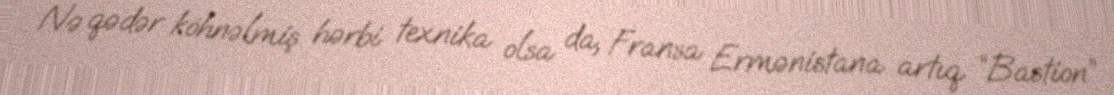
Nə qədər köhnəlmiş hərbi texnika olsa da, Fransa Ermənistana artıq “Bastion”